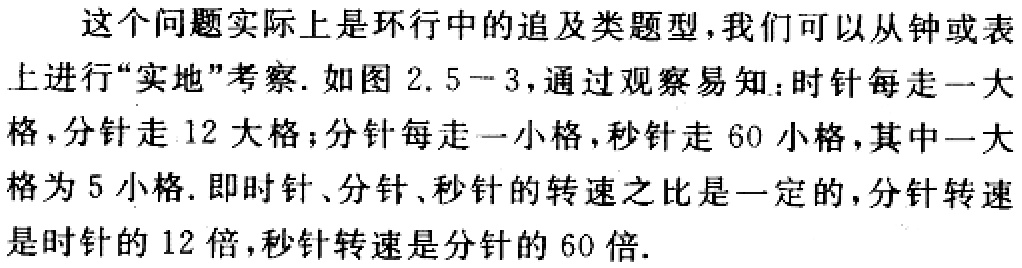
这个问题实际上是环行中的追及类题型，我们可以从钟或表上进行“实地”考察. 如图 2.5 - 3，通过观察易知：时针每走一大格，分针走 12 大格；分针每走一小格，秒针走 60 小格，其中一大格为 5 小格. 即时针、分针、秒针的转速之比是一定的，分针转速是时针的 12 倍，秒针转速是分针的 60 倍.